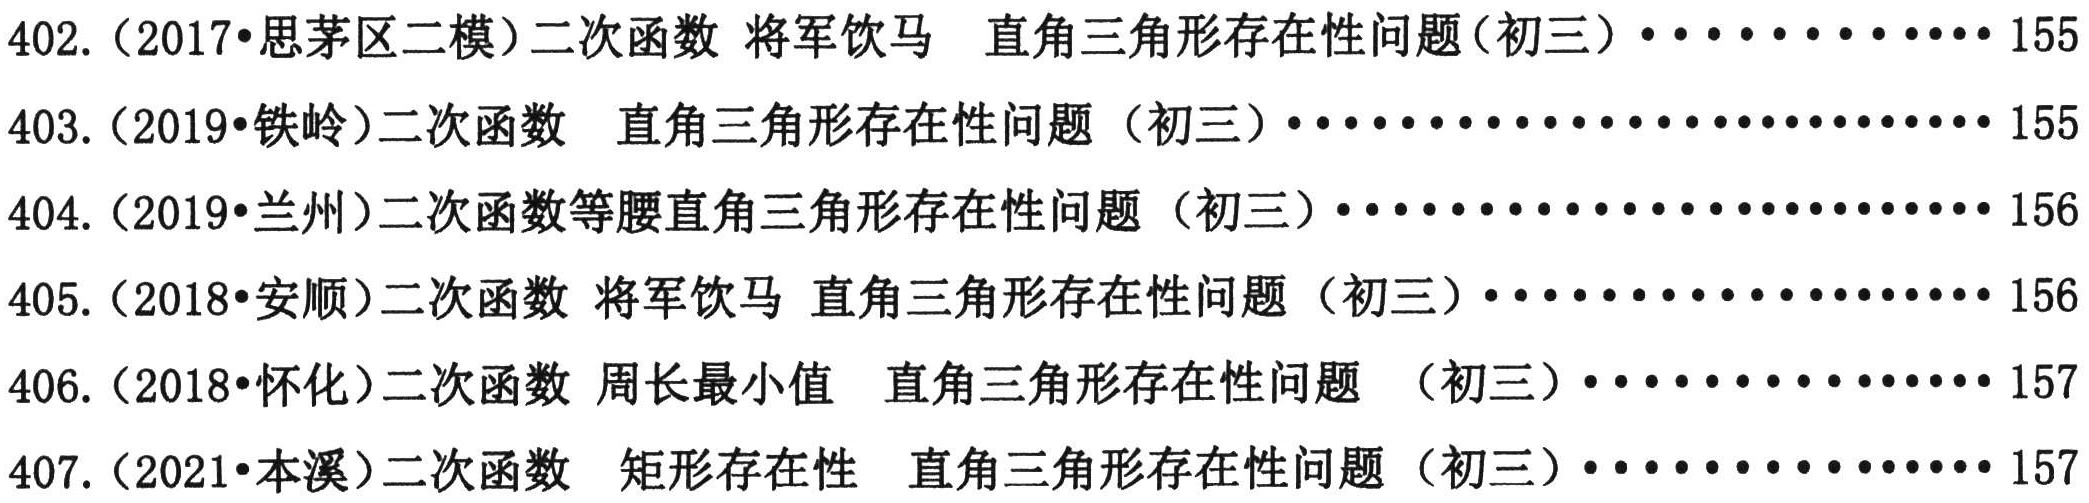
402.（2017•思茅区二模）二次函数 将军饮马 直角三角形存在性问题（初三）············ 155\\
403.（2019•铁岭）二次函数 直角三角形存在性问题（初三）···························· 155\\
404.（2019•兰州）二次函数等腰直角三角形存在性问题（初三）···························· 156\\
405.（2018•安顺）二次函数 将军饮马 直角三角形存在性问题（初三）···················· 156\\
406.（2018•怀化）二次函数 周长最小值 直角三角形存在性问题（初三）·················· 157\\
407.（2021•本溪）二次函数 矩形存在性 直角三角形存在性问题（初三）·················· 157